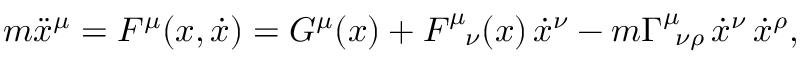
m \ddot { x } ^ { \mu } = F ^ { \mu } ( x , \dot { x } ) = G ^ { \mu } ( x ) + F _ { \; \; \; \nu } ^ { \mu } ( x ) \, \dot { x } ^ { \nu } - m \Gamma _ { \; \: \nu \rho } ^ { \mu } \, \dot { x } ^ { \nu } \, \dot { x } ^ { \rho } ,